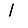
Digit: 1